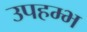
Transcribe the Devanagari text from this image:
उपहम्भ